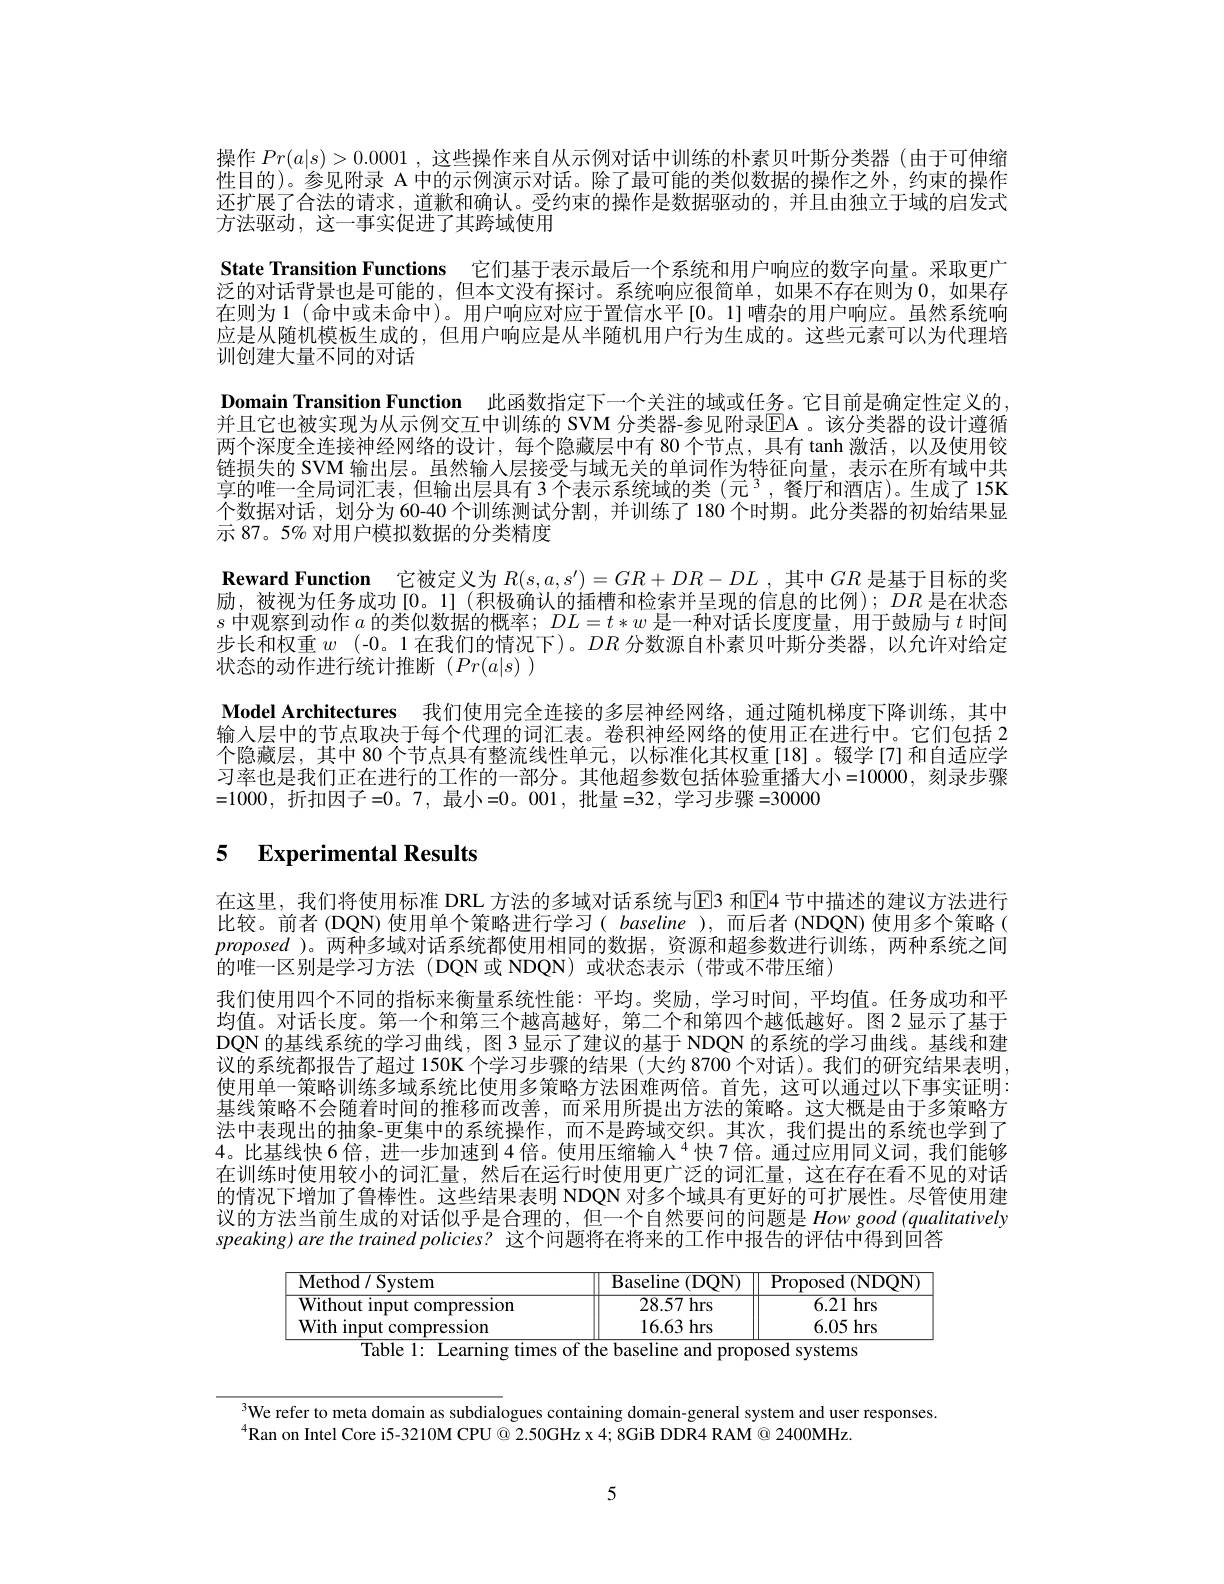
操作$Pr(a|s)>0.0001$ ,这些操作来自从示例对话中训练的朴素贝叶斯分类器 (由于可伸缩性目的)。参见附录 A 中的示例演示对话。除了最可能的类似数据的操作之外，约束的操作还扩展了合法的请求，道歉和确认。受约束的操作是数据驱动的，并且由独立于域的启发式方法驱动，这一事实促进了其跨域使用
State Transition Functions 它们基于表示最后一个系统和用户响应的数字向量。采取更广泛的对话背景也是可能的，但本文没有探讨。系统响应很简单，如果不存在则为 0,如果存在则为1(命中或未命中)。用户响应对应于置信水平[0。1]嘈杂的用户响应。虽然系统响应是从随机模板生成的，但用户响应是从半随机用户行为生成的。这些元素可以为代理培训创建大量不同的对话
Domain Transition Function 此函数指定下一个关注的域或任务。它目前是确定性定义的并且它也被实现为从示例交互中训练的 SVM 分类器-参见附录EA 。该分类器的设计遵循两个深度全连接神经网络的设计，每个隐藏层中有 80 个节点，具有 tanh 激活，以及使用铰链损失的 SVM 输出层。虽然输人层接受与域无关的单词作为特征向量，表示在所有域中共享的唯一全局词汇表，但输出层具有 3 个表示系统域的类 (元 3 ,餐厅和酒店)。生成了 15K 个数据对话，划分为 60-40 个训练测试分割，并训练了 180 个时期。此分类器的初始结果显示 87。5% 对用户模拟数据的分类精度
Reward Function 它被定义为$R(s,a,s^{\prime})=GR+DR-DL$ ,其中$GR$是基于目标的奖励，被视为任务成功[0。1](积极确认的插槽和检索并呈现的信息的比例); $DR$是在状态$s$中观察到动作$a$的类似数据的概率；$DL=t*w$是一种对话长度度量，用于鼓励与$t$时间步长和权重$w$ (-0。1 在我们的情况下)。$DR$ 分数源自朴素贝叶斯分类器，以允许对给定状态的动作进行统计推断($Pr(a|s)$
Model Architectures 我们使用完全连接的多层神经网络，通过随机梯度下降训练，其中输入层中的节点取决于每个代理的词汇表。卷积神经网络的使用正在进行中。它们包括 2个隐藏层，其中 80 个节点具有整流线性单元，以标准化其权重[18]。辍学[7]和自适应学习率也是我们正在进行的工作的一部分。其他超参数包括体验重播大小=10000,刻录步骤=1000,折扣因子=0。7,最小=0。001,批量=32,学习步骤=30000

# 5 $\textbf{Experimental Results}$

在这里，我们将使用标准 DRL 方法的多域对话系统与E3 和$\mathbb{E}$4 节中描述的建议方法进行比较。前者(DQN)使用单个策略进行学习( baseline ),而后者(NDQN)使用多个策略( proposed )。两种多域对话系统都使用相同的数据，资源和超参数进行训练，两种系统之间的唯一区别是学习方法 (DQN或 NDQN)或状态表示 (带或不带压缩)
我们使用四个不同的指标来衡量系统性能：平均。奖励，学习时间，平均值。任务成功和平均值。对话长度。第一个和第三个越高越好，第二个和第四个越低越好。图 2 显示了基于DQN 的基线系统的学习曲线，图 3 显示了建议的基于 NDQN 的系统的学习曲线。基线和建议的系统都报告了超过 150K 个学习步骤的结果 (大约 8700 个对话)。我们的研究结果表明， 使用单一策略训练多域系统比使用多策略方法困难两倍。首先，这可以通过以下事实证明： 基线策略不会随着时间的推移而改善，而采用所提出方法的策略。这大概是由于多策略方法中表现出的抽象-更集中的系统操作，而不是跨域交织。其次，我们提出的系统也学到了4。比基线快 6 倍，进一步加速到 4 倍。使用压缩输入$^{4}$ 快7倍。通过应用同义词，我们能够在训练时使用较小的词汇量，然后在运行时使用更广泛的词汇量，这在存在看不见的对话的情况下增加了鲁棒性。这些结果表明 NDQN 对多个域具有更好的可扩展性。尽管使用建议的方法当前生成的对话似乎是合理的，但一个自然要问的问题是How good (qualitatively speaking) are the trained policies? 这个问题将在将来的工作中报告的评估中得到回答

<table>
	<tbody>
		<tr>
			<th>$\overline{\mathrm{Method}/\mathrm{System}}$</th>
			<th>Baseline ${\mathrm{e}}\left({\mathrm{DQN}}\right)$</th>
			<th>$\operatorname{Proposed}$ (NDON)</th>
		</tr>
		<tr>
			<td>Without input compression</td>
			<td>28.57 hrs</td>
			<td>$\overline{6.21\mathrm{~hrs}}$</td>
		</tr>
		<tr>
			<td>With input compression</td>
			<td>16.63 hrs</td>
			<td>6.05 hrs</td>
		</tr>
	</tbody>
</table>

$^{3}$We refer to meta domain as subdialogues containing domain-general system and user responses
$^{4}$Ran on Intel Core i5-3210M CPU@ 2.50GHz x 4; 8GiB DDR4 RAM @ 2400MHz.

5